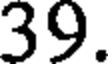
39.